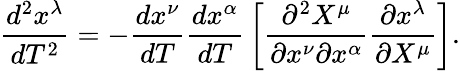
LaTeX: {\frac{d^{2}x^{\lambda}}{dT^{2}}}=-{\frac{dx^{\nu}}{dT}}{\frac{dx^{\alpha}}{dT}}\left[{\frac{\partial^{2}X^{\mu}}{\partial x^{\nu}\partial x^{\alpha}}}{\frac{\partial x^{\lambda}}{\partial X^{\mu}}}\right].